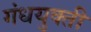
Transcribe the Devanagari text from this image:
गंधयुक्ती